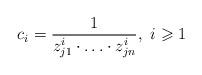
LaTeX: \begin{align*}c_i=\frac{1}{z_{j1}^{i}\cdot\ldots\cdot z_{jn}^{i}}, \ i\geqslant 1\end{align*}